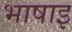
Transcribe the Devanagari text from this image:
भाषाइ